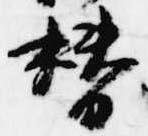
替